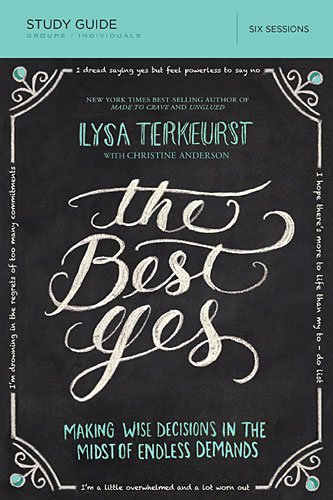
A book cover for The Best Yes Study Guide with DVD: Making Wise Decisions in the Midst of Endless Demands; Lysa TerKeurst; Christian Books & Bibles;